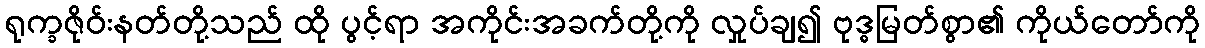
ရုက္ခဇိုဝ်းနတ်တို့သည် ထို ပွင့်ရာ အကိုင်းအခက်တို့ကို လှုပ်ချ၍ ဗုဒ္ဓမြတ်စွာ၏ ကိုယ်တော်ကို